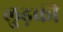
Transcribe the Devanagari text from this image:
लुढ़की